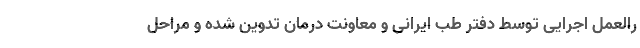
رالعمل اجرایی توسط دفتر طب ایرانی و معاونت درمان تدوین شده و مراحل